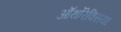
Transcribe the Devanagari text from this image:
ऑर्थोरेक्सिया